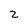
Character: 2